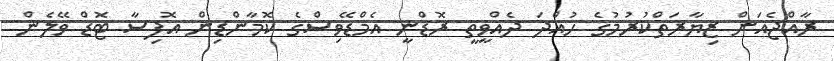
ރާއްޖެއަށް ޒިޔާރަތްކުރުމުގެ ހުއްދަ ދެއްވީތީ ރޮޑްނީ އެމްޑޭވިސްގެ ކޮމާންޑިން އޮފިސާ ޓޮޑް ވޭލެން